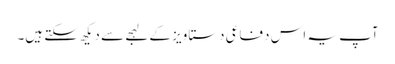
آپ یہ اس دفاعی دستاویز کے لہجے سے دیکھ سکتے ہیں۔